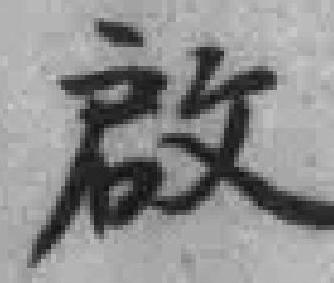
啟